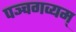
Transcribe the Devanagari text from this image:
पञ्चगव्यम्